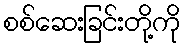
စစ်ဆေးခြင်းတို့ကို